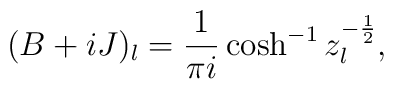
(B+iJ)_l = \frac1{\pi i}\cosh^{-1}z_l^{-\frac12},